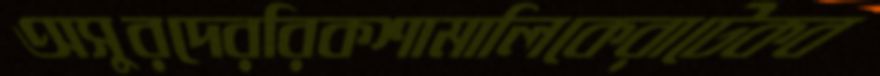
অসুরদেররিকশামালিকেরাটেকব